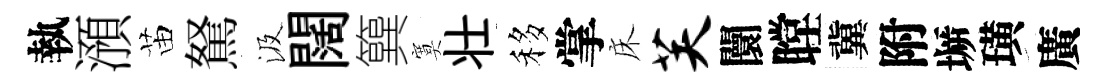
執澦苗駑汲闊簨寞壮移掌床芙闤瞠冀附󶱲璜廣